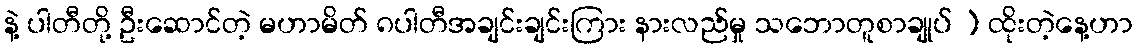
နဲ့ ပါတီတို့ ဦးဆောင်တဲ့ မဟာမိတ် ၈ပါတီအချင်းချင်းကြား နားလည်မှု သဘောတူစာချုပ် ) ထိုးတဲ့နေ့ဟာ